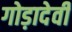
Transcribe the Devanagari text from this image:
गोड़ादेवी